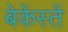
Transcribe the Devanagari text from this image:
बेकेंस्तें